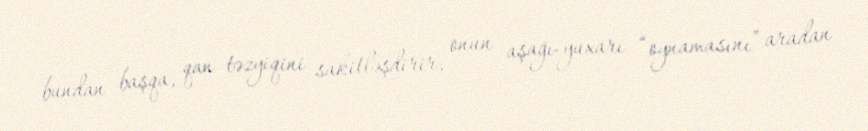
bundan başqa, qan təzyiqini sakitləşdirir, onun aşağı-yuxarı “oynamasını” aradan